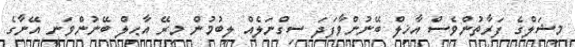
މިޝަލްގެ ފަރާތުންވެސް އާޚިލް ބޭނުންވާފަދަ ސިގްނަލެއް ލިބުމުން މިރޭ އާޙިލް ބޭނުންވަނީ އޭނާގެ